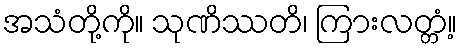
အသံတို့ကို။ သုဏိဿတိ၊ ကြားလတ္တံ့။